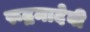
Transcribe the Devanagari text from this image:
रूद्रमादेवी